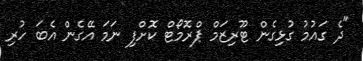
"ދެ ގައުމު ގުޅިގެން ޓޫރިޒަމް ޕްރޮމޯޓް ކޮށްފި ނަމަ އޭގެން އެބަ ހުރި